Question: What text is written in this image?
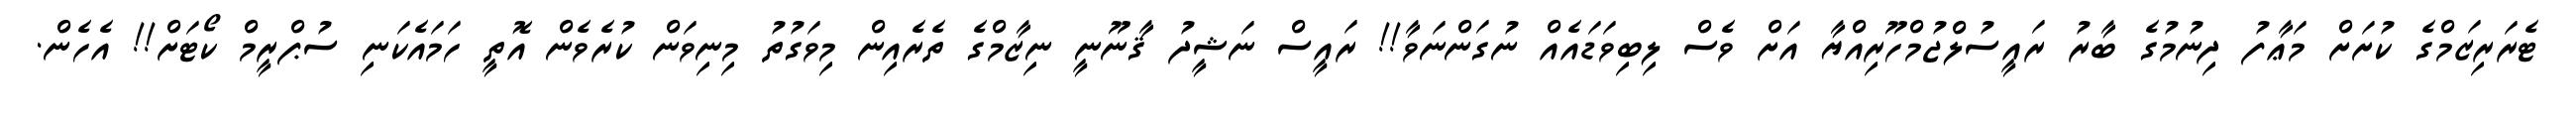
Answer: ޓެރަރިޒަމްގެ ކުށަށް މަޢާފު ދިނުމުގެ ބާރު ރައީސުލްޖުމްހޫރިއްޔާ އަށް ވެސް ލިބިވަޑައެއް ނުގަންނަވާ!! ރައީސް ނަޝީދު ޤާނޫނީ ނިޒާމްގެ ތެރެއިން މިވަގުތު މިނިވަން ކުރެވެން އޮތީ ހަމައެކަނި ސުޕްރީމް ކޯޓަށް!! އެހެން.